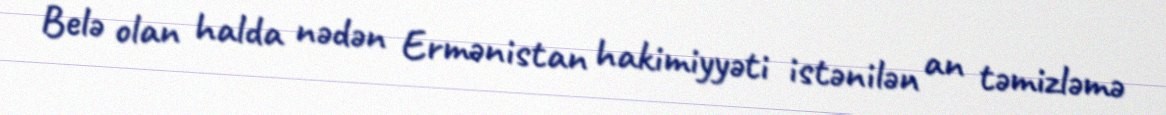
Belə olan halda nədən Ermənistan hakimiyyəti istənilən an təmizləmə